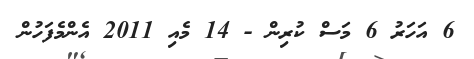
6 އަހަރު 6 މަސް ކުރިން - 14 މެއި 2011 އެންމެފަހުން